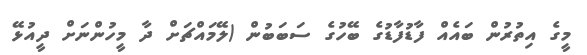
މީގެ އިތުރުން ބައެއް ފާޑުފާޑުގެ ބޭހުގެ ސަބަބުން (ލޭމައްޗަށް ދާ މީހުންނަށް ދީއުޅޭ